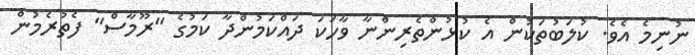
ނުނިމެ އެވެ. ކުލަބުތަކުން އެ ކުޅުންތެރިންނާ ވާހަކަ ދައްކަމުންދާ ކަމުގެ "ރޫމާސް" ފެތުރެމުން